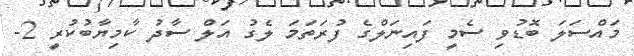
މައްސަލަ ބޮޑުވި ސެމީ ފައިނަލްގެ ފުރަތަމަ ލެގު އަލް ސާދު ކާމިޔާބުކުރީ 2-